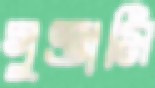
গুণ্ডামি